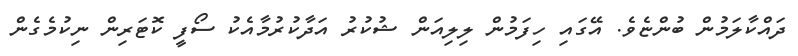
ދައްކާލަމުން ބުންޏެވެ. އޭގައި ހިފަމުން ލިލިއަން ޝުކުރު އަދާކުރުމާއެކު ސޯފީ ކޮޓަރިން ނިކުމެގެން